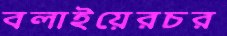
বলাইয়েরচর